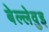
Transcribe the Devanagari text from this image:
बेल्लेवुइ